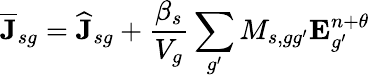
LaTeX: \overline{{\mathbf{J}}}_{sg}=\widehat{\mathbf{J}}_{sg}+\frac{\beta_{s}}{V_{g}}\sum_{g^{\prime}}M_{s,gg^{\prime}}\mathbf{E}_{g^{\prime}}^{n+\theta}